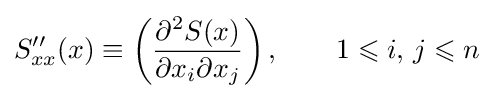
S''_{xx}(x)\equiv \left({\frac {\partial ^{2}S(x)}{\partial x_{i}\partial x_{j}}}\right),\qquad 1\leqslant i,\,j\leqslant n